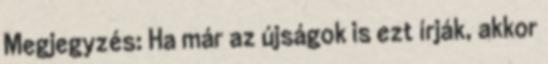
Megjegyzés: Ha már az újságok is ezt írják, akkor